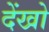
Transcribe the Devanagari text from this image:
देंखो